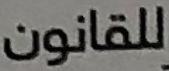
للقانون